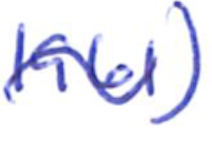
Text: 1961)
Cross-out: wave
Writing tool: ballpoint